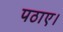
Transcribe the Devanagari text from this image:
पठाए।